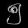
Digit: ၅